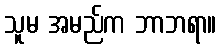
သူမ အမည်က ဘာဘရာ။